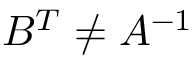
B ^ { T } \neq A ^ { - 1 }